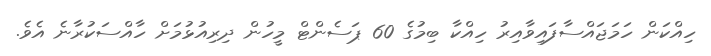
ހިއްކަން ހަމަޖައްސާފައިވާއިރު ހިއްކާ ބިމުގެ 60 ޕަސެންޓް މީހުން ދިރިއުޅުމަށް ހާއްސަކުރާނެ އެވެ.